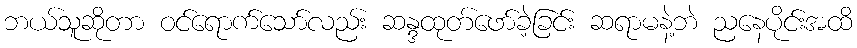
ဘယ်သူဆိုတာ ဝင်ရောက်သော်လည်း ဆန္ဒထုတ်ဖော်ခဲ့ခြင်း ဆရာမနဲ့ဘဲ ညနေပိုင်းအထိ